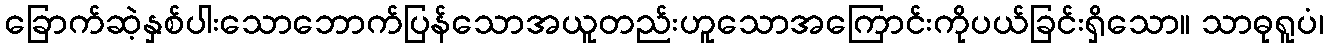
ခြောက်ဆဲ့နှစ်ပါးသောဘောက်ပြန်သောအယူတည်းဟူသောအကြောင်းကိုပယ်ခြင်းရှိသော။ သာဓုရူပံ၊